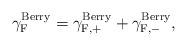
LaTeX: \begin{align*}{\gamma}_{\rm F}^{\rm Berry} = {\gamma}_{\rm F,+}^{\rm Berry} +{\gamma}_{\rm F,-}^{\rm Berry},\end{align*}